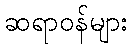
ဆရာဝန်များ